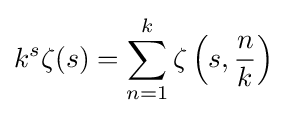
k^{s}\zeta (s)=\sum _{n=1}^{k}\zeta \left(s,{\frac {n}{k}}\right)